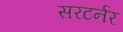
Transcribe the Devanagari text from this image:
सरटर्नर